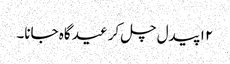
۱۲ پیدل چل کر عید گاہ جانا۔